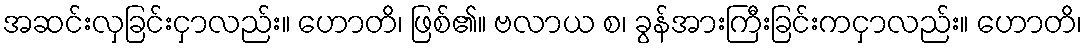
အဆင်းလှခြင်းငှာလည်း။ ဟောတိ၊ ဖြစ်၏။ ဗလာယ စ၊ ခွန်အားကြီးခြင်းကငှာလည်း။ ဟောတိ၊